Vaccination in Bombay 1874-1876 - 1874-1876
Year: 1874
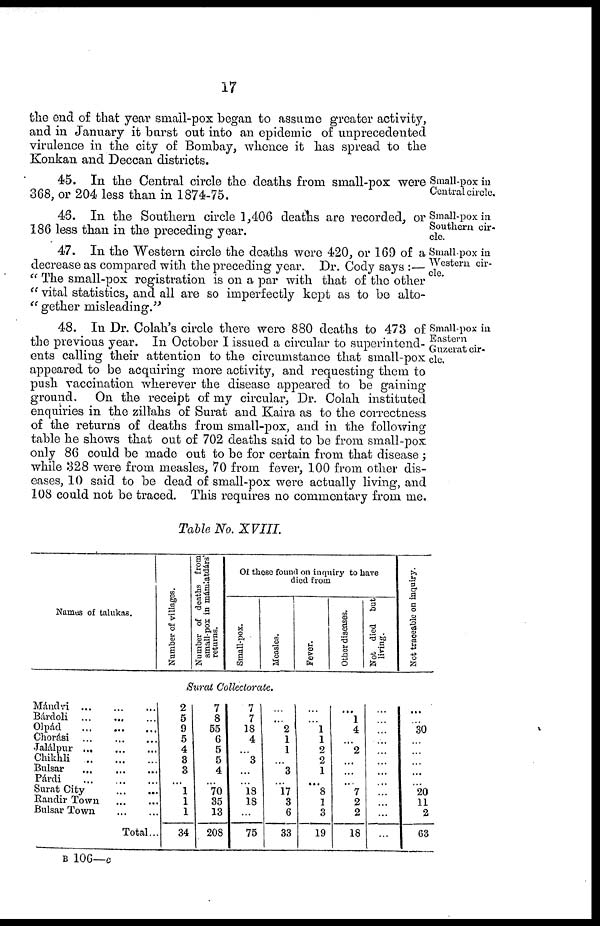
17
the end of that year small-pox began to assume greater activity,
and in January it burst out into an epidemic of unprecedented
virulence in the city of Bombay, whence it has spread to the
Konkan and Deccan districts.
Small-pox in
Central circle.
45. In the Central circle the deaths from small-pox were
368, or 204 less than in 1874-75.
Small-pox in
Southern cir-
cle.
46. In the Southern circle 1,406 deaths are recorded, or
186 less than in the preceding year.
Small-pox in
Western cir-
cle.
47. In the Western circle the deaths were 420, or 169 of a
decrease as compared with the preceding year. Dr. Cody says :—
" The small-pox registration is on a par with that of the other
" vital statistics, and all are so imperfectly kept as to be alto¬
" gether misleading."
Small-pox in
Eastern
Guzerat cir-
cle.
48. In Dr. Colah's circle there were 880 deaths to 473 of
the previous year. In October I issued a circular to superintend-
ents calling their attention to the circumstance that small-pox
appeared to be acquiring more activity, and requesting them to
push vaccination wherever the disease appeared to be gaining
ground. On the receipt of my circular, Dr. Colah instituted
enquiries in the zillahs of Surat and Kaira as to the correctness
of the returns of deaths from small-pox, and in the following
table he shows that out of 702 deaths said to be from small-pox
only 86 could be made out to be for certain from that disease ;
while 328 were from measles, 70 from fever, 100 from other dis-
eases, 10 said to be dead of small-pox were actually living, and
108 could not be traced. This requires no commentary from me.
Table No. XVIII.
Names of talukas.
Number of villages.
Number of deaths from
small-pox in mámlatdárs'
returns.
Of those found on inquiry to have
died from
Small-pox.
Measles.
Fever.
Other diseases.
Not died but
living.
Not traceable on inquiry.
Surat Collectorate.
Mándvi
...
...
...
Bárdoli
...
...
...
Olpád
...
...
...
Chorási
...
...
...
Jalálpur
...
...
...
Chikhli
...
...
...
Bulsar
...
...
...
Párdi
...
...
...
Surat City
...
...
Randir Town
...
...
Bulsar Town
...
...
Total...
2
5
9
5
4
3
3
...
1
1
1
34
7
8
55
6
5
5
4
...
70
35
13
208
7
7
18
4
...
3
...
...
18
18
...
75
...
...
2
1 1
...
3
...
17
3
6
33
...
...
1
1
2
2
1
...
8
1
3
19
...
1
4
...
2
...
...
...
7
2
2
18
...
...
...
...
...
...
...
...
...
...
...
...
...
...
30
...
...
...
...
...
20
11
2
63
B 106—c